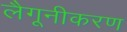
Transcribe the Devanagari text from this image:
लैगूनीकरण